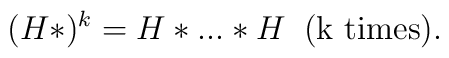
(H*)^k = H*...*H \;\;(\mbox{k times}).